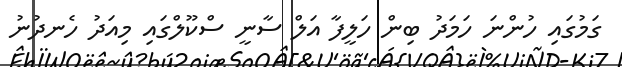
ގަމުގައި ހުންނަ ހަމަދު ބިން ހަލީފާ އަލް ސާނީ ސްކޫލްގައި މިއަދު ހެނދުނު